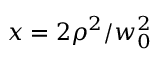
x = 2 \rho ^ { 2 } / w _ { 0 } ^ { 2 }